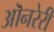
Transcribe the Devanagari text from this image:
ऒनरेरी